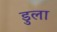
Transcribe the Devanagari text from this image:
डुला